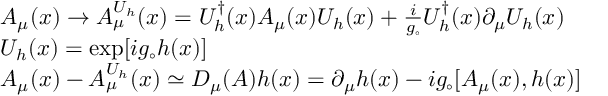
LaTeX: \begin{array} { r c l } { { } } & { { } } & { { A _ { \mu } ( x ) \rightarrow A _ { \mu } ^ { U _ { h } } ( x ) = U _ { h } ^ { \dagger } ( x ) A _ { \mu } ( x ) U _ { h } ( x ) + \frac { i } { g _ { \circ } } U _ { h } ^ { \dagger } ( x ) \partial _ { \mu } U _ { h } ( x ) } } \\ { { } } & { { } } & { { U _ { h } ( x ) = \exp [ i g _ { \circ } h ( x ) ] } } \\ { { } } & { { } } & { { A _ { \mu } ( x ) - A _ { \mu } ^ { U _ { h } } ( x ) \simeq D _ { \mu } ( A ) h ( x ) = \partial _ { \mu } h ( x ) - i g _ { \circ } [ A _ { \mu } ( x ) , h ( x ) ] } } \end{array}